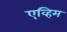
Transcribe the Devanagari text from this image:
एव्हिम